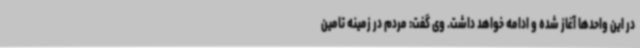
در این واحدها آغاز شده و ادامه خواهد داشت. وی گفت: مردم در زمینه تامین